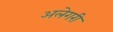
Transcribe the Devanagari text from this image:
अलेगरी